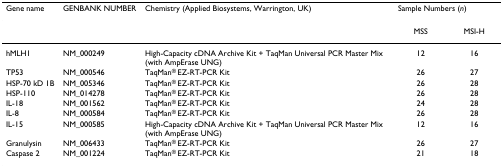
| Gene name | GENBANK NUMBER | Chemistry (Applied Biosystems, Warrington, UK) | <COLSPAN=2> Sample Numbers (n) |
 | --- | --- | --- | --- | --- |
 |  |  |  | MSS | MSI-H |
 | hMLH1 | NM_000249 | High-Capacity cDNA Archive Kit + TaqMan Universal PCR Master Mix (with AmpErase UNG) | 12 | 16 |
 | TP53 | NM_000546 | TaqMan® EZ-RT-PCR Kit | 26 | 27 |
 | HSP-70 kD 1B | NM_005346 | TaqMan® EZ-RT-PCR Kit | 26 | 28 |
 | HSP-110 | NM_014278 | TaqMan® EZ-RT-PCR Kit | 26 | 28 |
 | IL-18 | NM_001562 | TaqMan® EZ-RT-PCR Kit | 24 | 28 |
 | IL-8 | NM_000584 | TaqMan® EZ-RT-PCR Kit | 26 | 28 |
 | IL-15 | NM_000585 | High-Capacity cDNA Archive Kit + TaqMan Universal PCR Master Mix (with AmpErase UNG) | 12 | 16 |
 | Granulysin | NM_006433 | TaqMan® EZ-RT-PCR Kit | 26 | 27 |
 | Caspase 2 | NM_001224 | TaqMan® EZ-RT-PCR Kit | 21 | 18 |